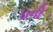
ઇની